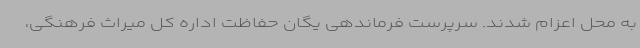
به محل اعزام شدند. سرپرست فرماندهی یگان حفاظت اداره کل میراث فرهنگی،